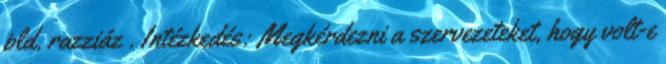
pld. razziáz . Intézkedés: Megkérdezni a szervezeteket, hogy volt-e